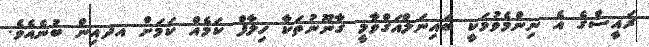
ރައީސްގެ އެ ނިންމެވުމަކީ ބައިނަލްއަގްވާމީ ގާނޫނުތަކާ ޚިލާފް ކަމެއް ކަމަށް އދއިން ބުނެއެވެ.